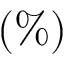
( \% )